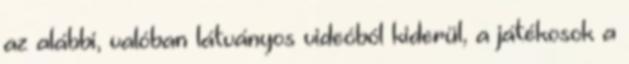
az alábbi, valóban látványos videóból kiderül, a játékosok a